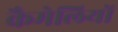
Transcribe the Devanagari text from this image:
कैमेलियों